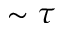
\sim \tau